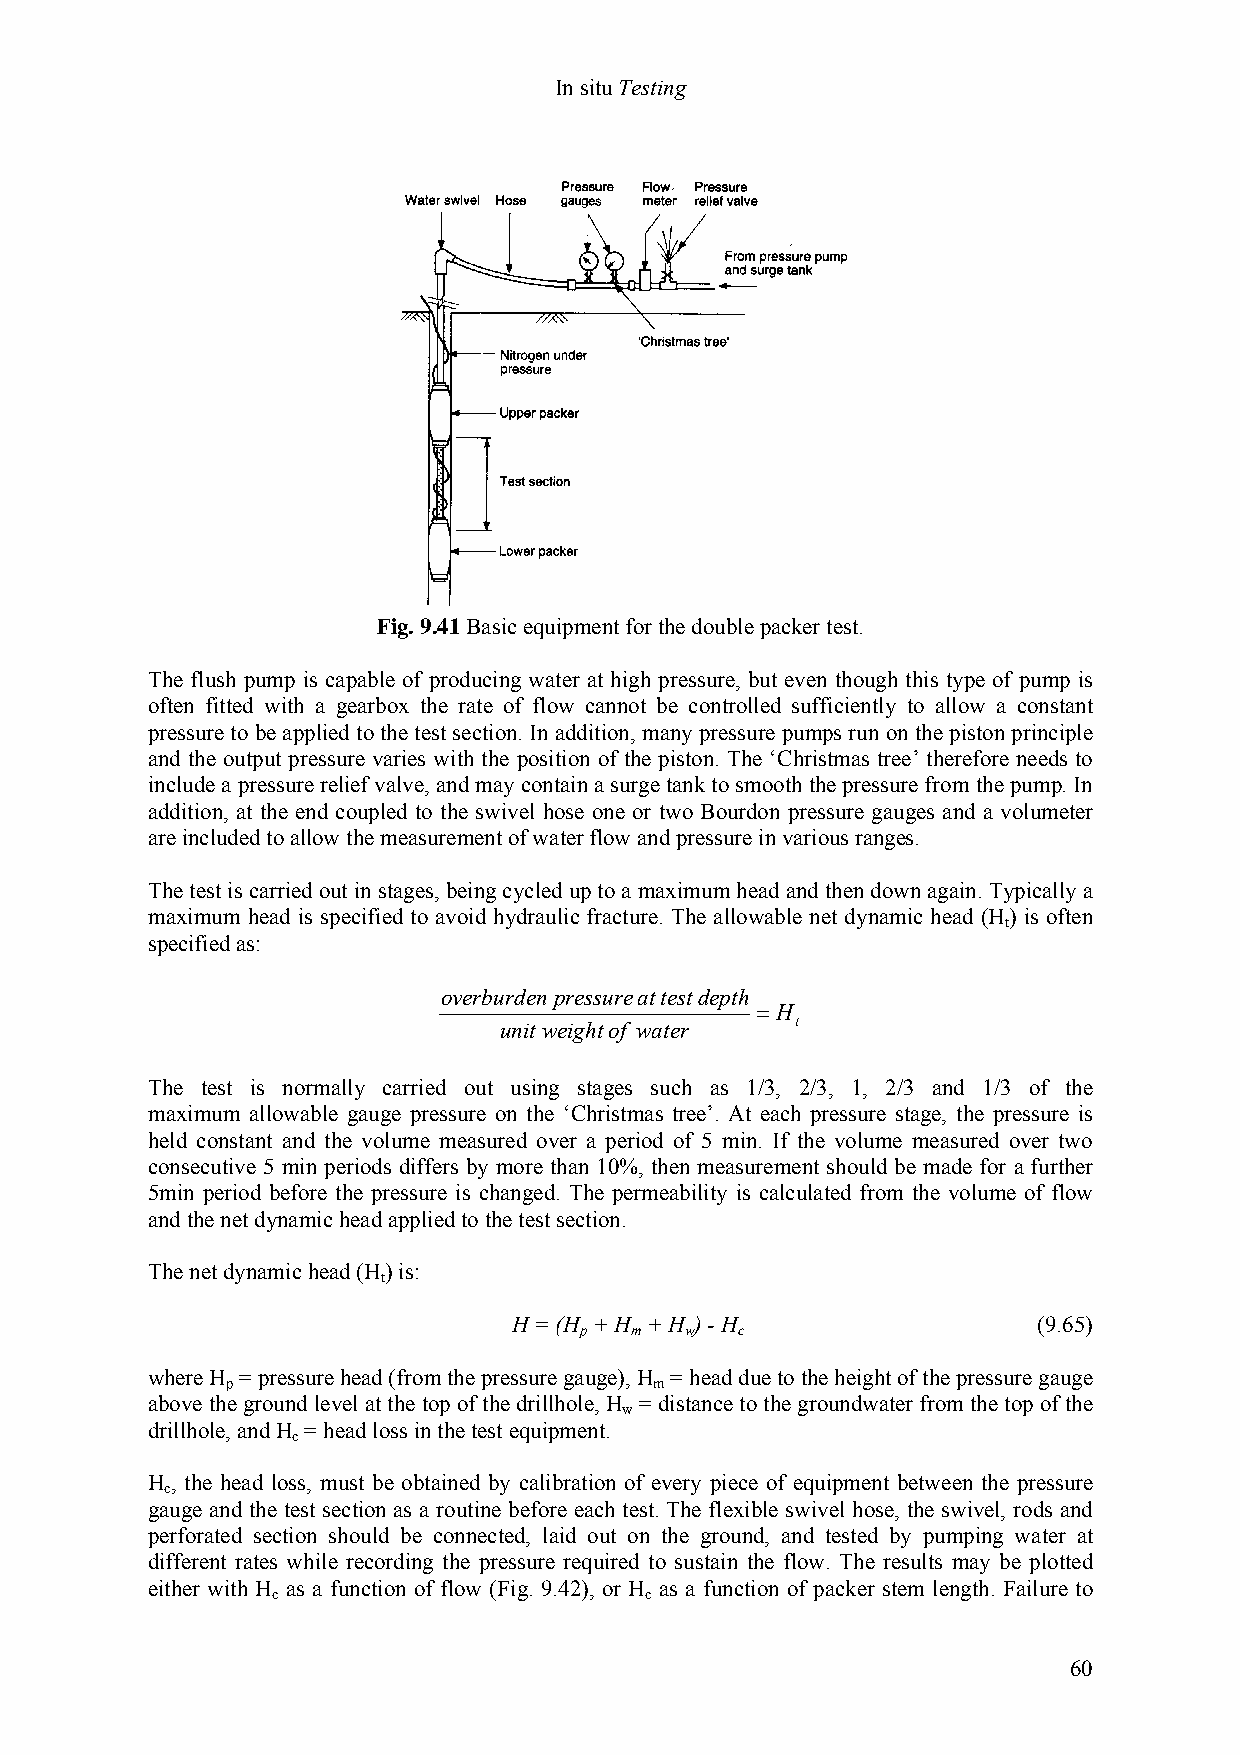
In situ Testing
 Fig. 9.41 Basic equipment for the double packer test.
 The flush pump is capable of producing water at high pressure, but even though this type of pump is
 often fitted with a gearbox the rate of flow cannot be controlled sufficiently to allow a constant
 pressure to be applied to the test section. In addition, many pressure pumps run on the piston principle
 and the output pressure varies with the position of the piston. The ‘Christmas tree’ therefore needs to
 include a pressure relief valve, and may contain a surge tank to smooth the pressure from the pump. In
 addition, at the end coupled to the swivel hose one or two Bourdon pressure gauges and a volumeter
 are included to allow the measurement of water flow and pressure in various ranges.
 The test is carried out in stages, being cycled up to a maximum head and then down again. Typically a
 maximum head is specified to avoid hydraulic fracture. The allowable net dynamic head (H) is often
 t
 specified as:
 overburden pressure at test depth
 = H
 unit weight of water t
 The test is normally carried out using stages such as 1/3, 2/3, 1, 2/3 and 1/3 of the
 maximum allowable gauge pressure on the ‘Christmas tree’. At each pressure stage, the pressure is
 held constant and the volume measured over a period of 5 min. If the volume measured over two
 consecutive 5 min periods differs by more than 10%, then measurement should be made for a further
 5min period before the pressure is changed. The permeability is calculated from the volume of flow
 and the net dynamic head applied to the test section.
 The net dynamic head (H) is:
 t
 H = (H + H + H ) - H               (9.65)
 p   m  w   c
 where H = pressure head (from the pressure gauge), H = head due to the height of the pressure gauge
 p                           m
 above the ground level at the top of the drillhole, H = distance to the groundwater from the top of the
 w
 drillhole, and H = head loss in the test equipment.
 c
 H , the head loss, must be obtained by calibration of every piece of equipment between the pressure
 c
 gauge and the test section as a routine before each test. The flexible swivel hose, the swivel, rods and
 perforated section should be connected, laid out on the ground, and tested by pumping water at
 different rates while recording the pressure required to sustain the flow. The results may be plotted
 either with H as a function of flow (Fig. 9.42), or H as a function of packer stem length. Failure to
 c                        c
 60